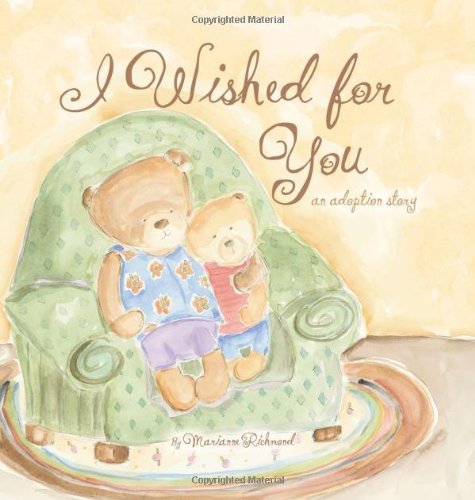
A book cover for I Wished for You: An Adoption Story (Marianne Richmond); Marianne Richmond; Children's Books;